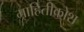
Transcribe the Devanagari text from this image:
माहितीकोश